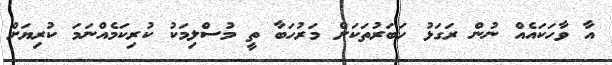
އާ ވާހަކައެއް ނުން ރަގަޅު ހަބަރުތަކަށް މަރުހަބާ ތީ މުސްލިމަކު ކުރިކަމެއްނަމަ ކުރިޔަށް